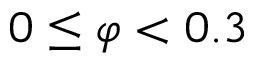
0 \leq \varphi < 0 . 3